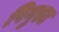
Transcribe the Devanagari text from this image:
पिगुएट